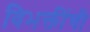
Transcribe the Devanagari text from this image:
विभक्तींची